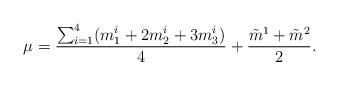
LaTeX: \begin{align*}\mu=\frac{\sum_{i=1}^4(m^i_1+2m^i_2+3m^i_3)}{4}+\frac{\tilde m^1+\tilde m^2}{2}.\end{align*}